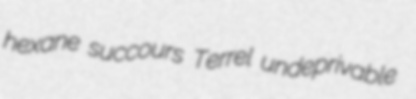
hexane succours Terrel undeprivable